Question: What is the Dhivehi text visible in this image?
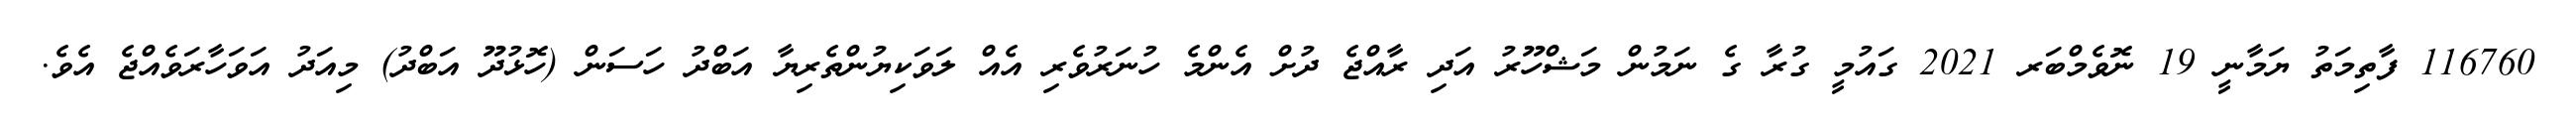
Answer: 116760 ފާތިމަތު ޔަމާނީ 19 ނޮވެމްބަރ 2021 ގައުމީ ގުރާ ގެ ނަމުން މަޝްހޫރު އަދި ރާއްޖެ ދުށް އެންމެ ހުނަރުވެރި އެއް ލަވަކިޔުންތެރިޔާ އަބްދު ހަސަން (ހޮޅުދޫ އަބްދު) މިއަދު އަވަހާރަވެއްޖެ އެވެ.